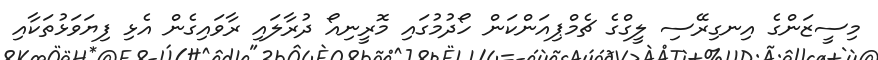
މިސީޒަންގެ އިނގިރޭސި ލީގްގެ ޗެމްޕިއަންކަން ހޯދުމުގައި މޮރީނިއޯ ދުރާލައި ރާވައިގެން އެޅި ފިޔަވަޅުތަކާއި